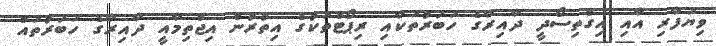
ވިޔަފާރި އާއި އިގްތިސޯދީ ދާއިރާގެ ހަބަރުތަކާއި ރިޕޯޓްތަކުގެ އިތުރުން އިޖްތިމާއީ ދާއިރާގެ ހަބަރުތައް